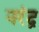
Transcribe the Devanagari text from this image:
नरंद्र